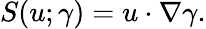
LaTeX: S(u;\gamma)=u\cdot\nabla\gamma.